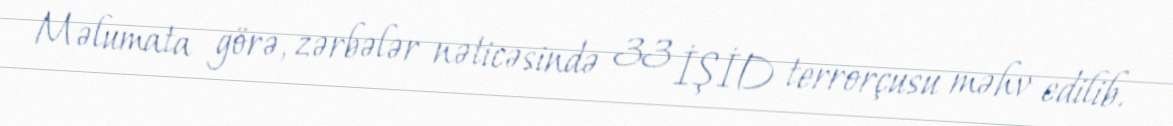
Məlumata görə, zərbələr nəticəsində 33 İŞİD terrorçusu məhv edilib.